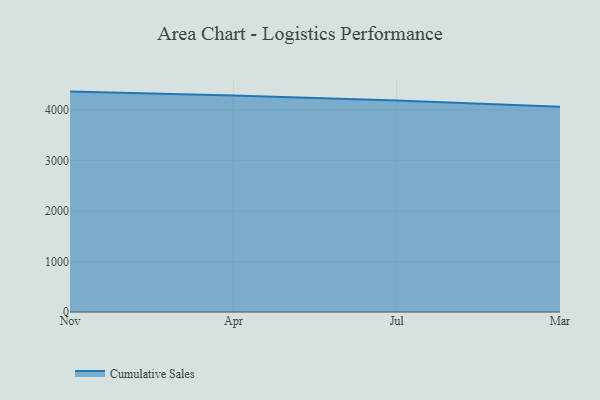
{"axis": {"x": "Month", "y": "Inventory Turnover"}, "legend": ["Cumulative Sales"], "data": [{"x": "Nov", "y": 4366.8, "type": "Cumulative Sales"}, {"x": "Apr", "y": 4291.8, "type": "Cumulative Sales"}, {"x": "Jul", "y": 4188.3, "type": "Cumulative Sales"}, {"x": "Mar", "y": 4068.6, "type": "Cumulative Sales"}]}